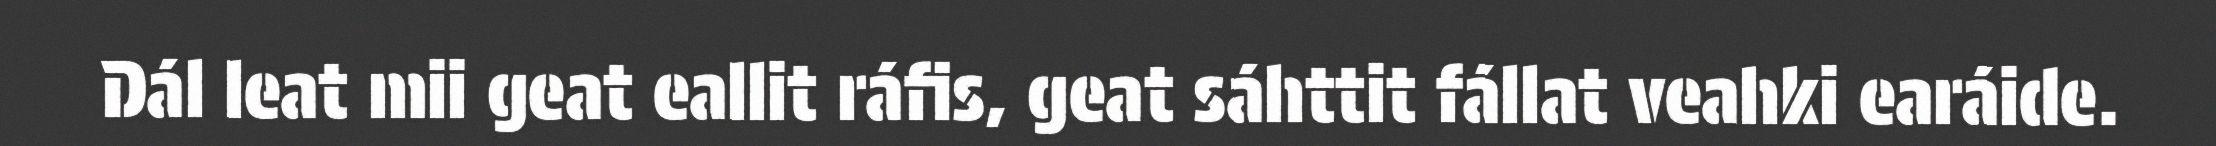
Dál leat mii geat eallit ráfis, geat sáhttit fállat veahki earáide.